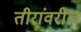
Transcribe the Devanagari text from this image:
तीरांवरील